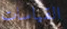
القياسات